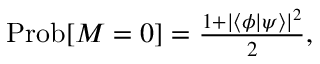
\begin{array} { r } { \mathrm { P r o b } [ M = 0 ] = \frac { 1 + | \langle { \phi } | \psi \rangle | ^ { 2 } } { 2 } , } \end{array}